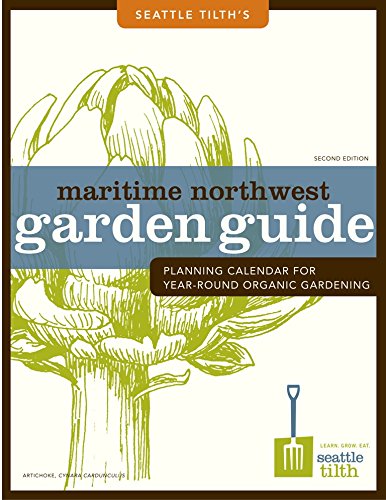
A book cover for Maritime Northwest Garden Guide: Planning Calendar for Year-Round Organic Gardening; Lisa Taylor; Calendars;